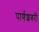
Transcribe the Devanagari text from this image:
पार्णशबरी